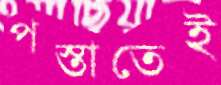
পস্তাতেই